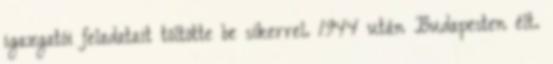
igazgatói feladatait töltötte be sikerrel. 1944 után Budapesten élt.